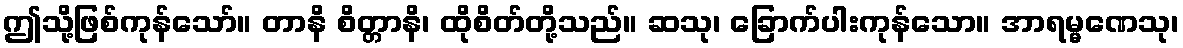
ဤသို့ဖြစ်ကုန်သော်။ တာနိ စိတ္တာနိ၊ ထိုစိတ်တို့သည်။ ဆသု၊ ခြောက်ပါးကုန်သော။ အာရမ္မဏေသု၊